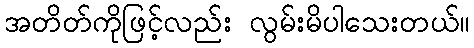
အတိတ်ကိုဖြင့်လည်း လွမ်းမိပါသေးတယ်။